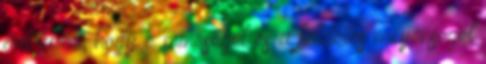
árt tudni, hogy a minőséget és a földelés milyenségét